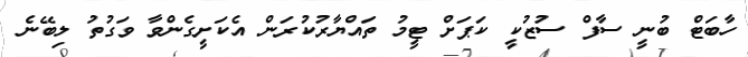
ހާބަޓް ބުނީ ސާފް ސުޒުކީ ކަޕަށް ޓީމު ތައްޔާރުކުރަން އެކަށީގެންވާ ވަގުތު ލިބޭނެ